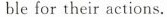
ble for their actions.